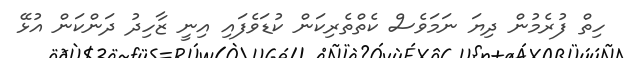
ހިތް ފުރެމުން ދިޔަ ނަމަވެސް ކެތްތެރިކަން ކުޑަވެފައި އިނީ ޒާހިދު ދަންކަން އުޅޭ